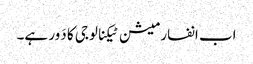
اب انفارمیشن ٹیکنالوجی کا دَور ہے۔